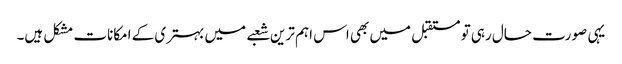
یہی صورت حال رہی تو مستقبل میں بھی اس اہم ترین شعبے میں بہتری کے امکانات مشکل ہیں۔